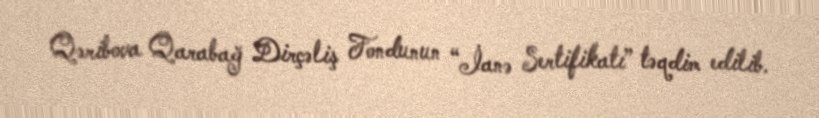
Qəribova Qarabağ Dirçəliş Fondunun “İanə Sertifikatı” təqdim edilib.